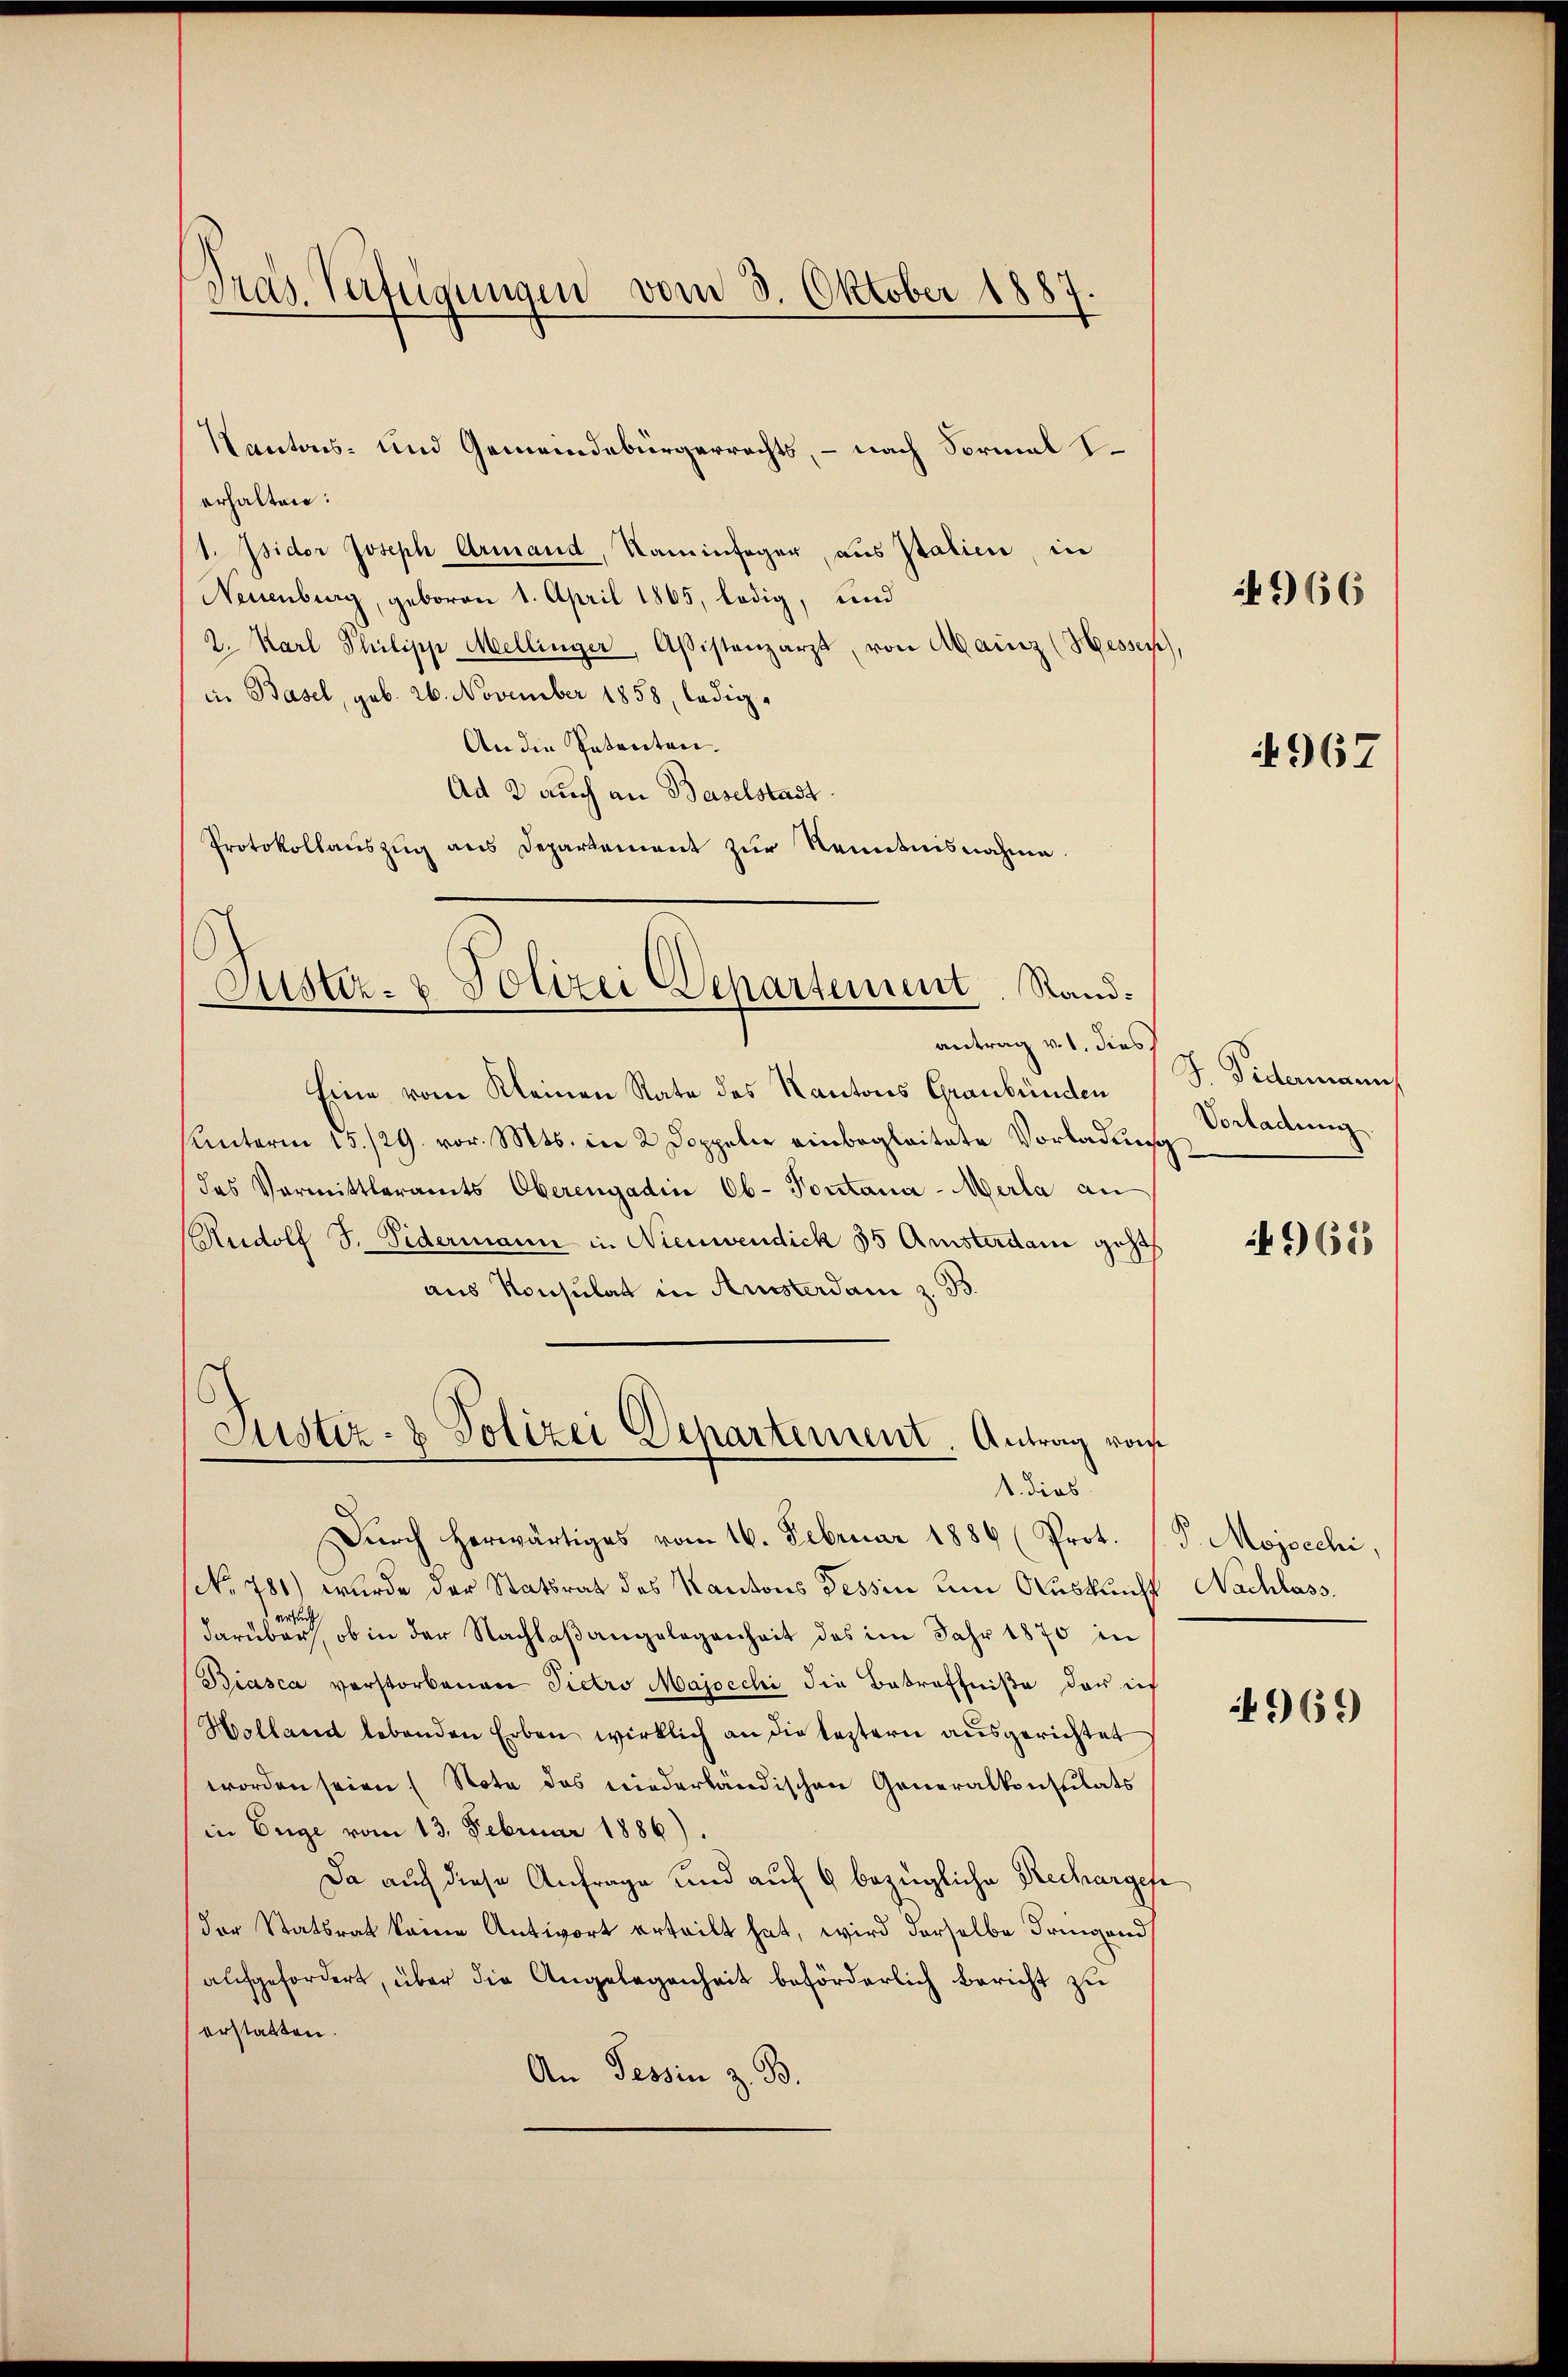
Pras. Verfügungen vom 3. Oktober 1887

erhalten:
1. Isidor Joseph Armand, Kaminfeger, aus Italien, in
Neuenburg, geboren 1. April 1865, ledig, und
2. Karl Philipp Mellinger, Assistenzarzt, von Mainz (Hessen
in Basel, geb. 26. November 1858, ledig¬
An die Patenten.
Ad 2 auch an Baselstadt
Protokollauszug aus Departement zur Kenntnisnahme.

Kantons- und Gemeindebürgerrechts, – nach Formal I

Justiz- & Polizei Departement. Randantrag v. 1. dies

Eine vom Kleinen Rate des Kantons Graubünden
Unterm 15./29. vor. Mts. in 2 Doppelie einbegleitete Vorladung
das Vormittleramts Oberengadin Ob- Pontana-Merla an
Rudolf J. Fidermann in Nienwendick 35 Amsterdame geha
aus Konsulat in Aussterdam z. B.
Justiz- & Polizei Departement. Antrag von

1. dies

Dŭrch herwärtiges vom 16. Februar 1886 (Prot. (T. Mojocchi,
No 781) wurde der Statsrat des Kantons Tessin um Auskunft Nachlass
ersuch
darüber, ob in der Nachlaßangelegenheit des im Jahr 1870 in
Biasca verstorbenen Pietro Majocchi die Betreffniße der ich
Holland lebenden Erben wirklich an die leztern ausgerichtet
worden seien (Note des niederländischen Generalkonstitats
in Enge vom 13. Februar 1886)
Da auch diese Anfrage und auf 6 bezügliche Rechargese
der Statsrat keine Antwort erteilt hat, wird derselbe dringend
aufgefordert, über die Angelegenheit beförderlich Bericht zu
erstatten.
An Tessin z. B.

)

966

4967

S. Pedermanns
Vorladung.

4968

969